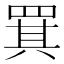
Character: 𦋊